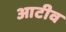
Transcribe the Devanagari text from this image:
आटीव